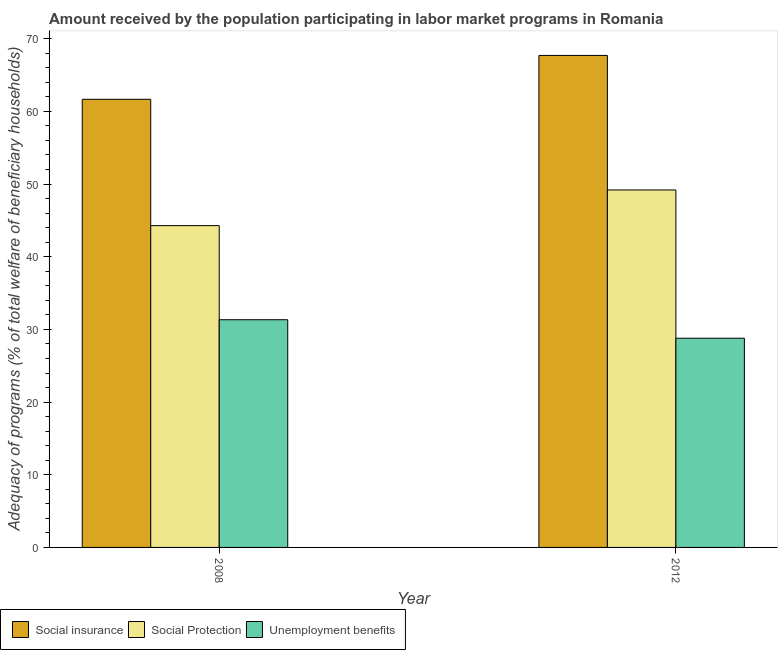
| Year | Social insurance | Social Protection | Unemployment benefits |
 | --- | --- | --- | --- |
 | 2008 | 61.7 | 44.3 | 31.3 |
 | 2012 | 67.7 | 49.2 | 28.8 |